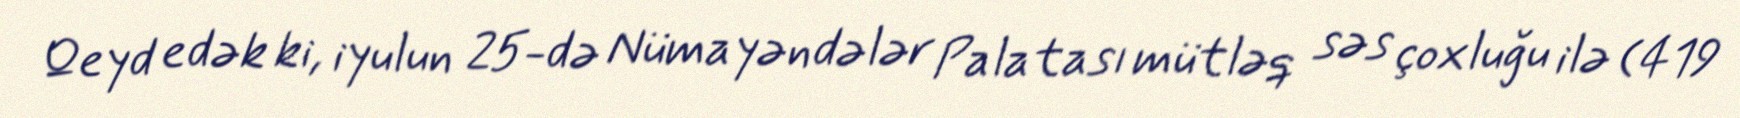
Qeyd edək ki, iyulun 25-də Nümayəndələr Palatası mütləq səs çoxluğu ilə (419